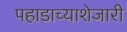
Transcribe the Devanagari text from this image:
पहाडाच्याशेजारी